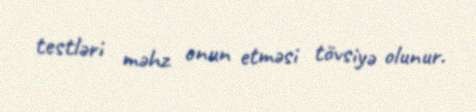
testləri məhz onun etməsi tövsiyə olunur.